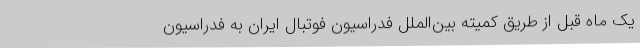
یک ماه قبل از طریق کمیته بین‌الملل فدراسیون فوتبال ایران به فدراسیون